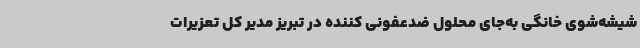
شیشه‌شوی خانگی به‌جای محلول ضدعفونی کننده در تبریز مدیر کل تعزیرات